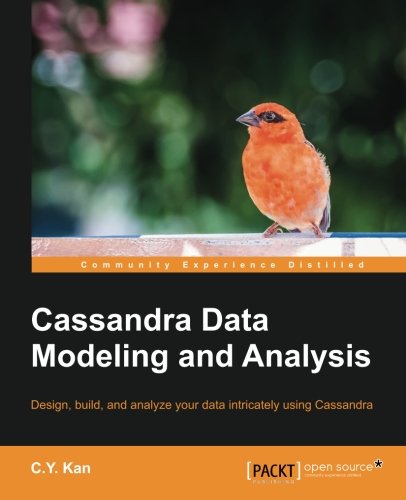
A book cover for Cassandra Data Modeling and Analysis; C.Y. Kan; Computers & Technology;